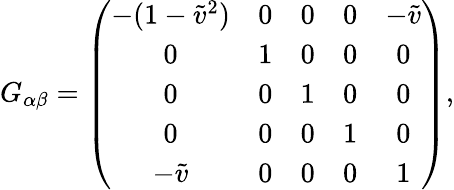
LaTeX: G_{\alpha\beta}=\left(\begin{array}{ccccc}{{-(1-\tilde{v}^{2})}}&{{0}}&{{0}}&{{0}}&{{-\tilde{v}}}\\ {{0}}&{{1}}&{{0}}&{{0}}&{{0}}\\ {{0}}&{{0}}&{{1}}&{{0}}&{{0}}\\ {{0}}&{{0}}&{{0}}&{{1}}&{{0}}\\ {{-\tilde{v}}}&{{0}}&{{0}}&{{0}}&{{1}}\end{array}\right),